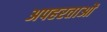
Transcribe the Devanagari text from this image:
अपहरताओं